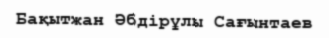
Бақытжан Әбдірұлы Сағынтаев